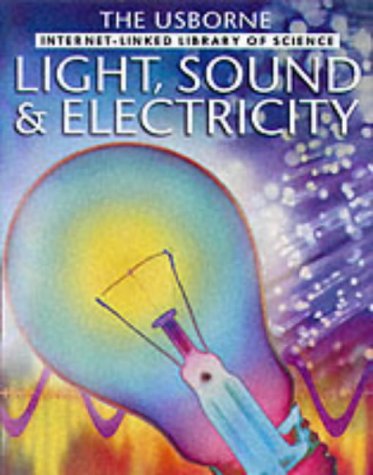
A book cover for Light, Sound and Electricity (Internet-linked Library of Science); Kirsteen Rogers; Children's Books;